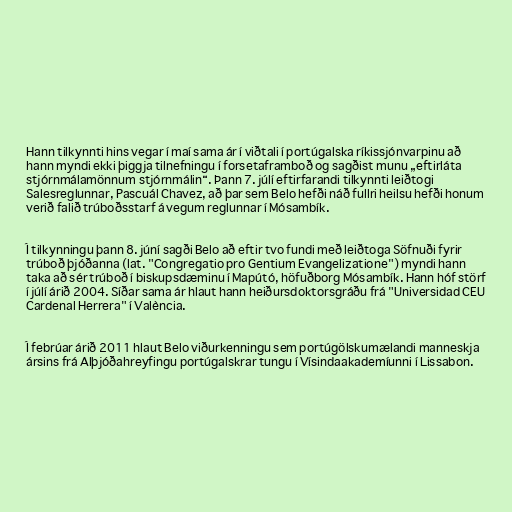
Hann tilkynnti hins vegar í maí sama ár í viðtali í portúgalska ríkissjónvarpinu að
hann myndi ekki þiggja tilnefningu í forsetaframboð og sagðist munu „eftirláta
stjórnmálamönnum stjórnmálin“. Þann 7. júlí eftirfarandi tilkynnti leiðtogi
Salesreglunnar, Pascuál Chavez, að þar sem Belo hefði náð fullri heilsu hefði honum
verið falið trúboðsstarf á vegum reglunnar í Mósambík.

Í tilkynningu þann 8. júní sagði Belo að eftir tvo fundi með leiðtoga Söfnuði fyrir
trúboð þjóðanna (lat. "Congregatio pro Gentium Evangelizatione") myndi hann
taka að sér trúboð í biskupsdæminu í Mapútó, höfuðborg Mósambík. Hann hóf störf
í júlí árið 2004. Síðar sama ár hlaut hann heiðursdoktorsgráðu frá "Universidad CEU
Cardenal Herrera" í València.

Í febrúar árið 2011 hlaut Belo viðurkenningu sem portúgölskumælandi manneskja
ársins frá Alþjóðahreyfingu portúgalskrar tungu í Vísindaakademíunni í Lissabon.